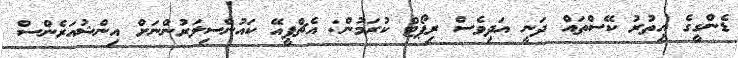
ޑެންގީގެ އިތުރު ކޭސްތައް ދަނީ އަދިވެސް ރިޕޯޓް ކުރަމުން: އެޗްޕީއޭ ކައުންސިލަރުންނަށް އިންޝުއަރެންސް